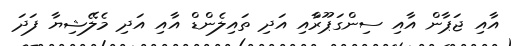
އާއި ޖަޕާން އާއި ސިންގަޕޫރާްއި އަދި ތައިލެންޑް އާއި އަދި މެލޭޝިޔާ ފަދަ